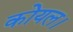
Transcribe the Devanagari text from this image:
कोयल।